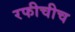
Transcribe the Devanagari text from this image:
रफीचीच